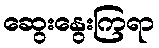
ဆွေးနွေးကြရာ